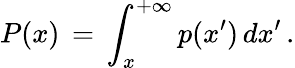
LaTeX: P(x)\, =\, \int_{x}^{+\infty}p(x^{\prime})\, dx^{\prime}\, .